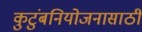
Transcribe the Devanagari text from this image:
कुटुंबनियोजनासाठी